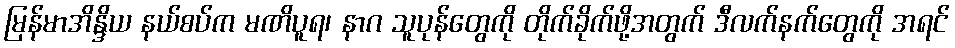
မြန်မာအိန္ဒိယ နယ်စပ်က မဏိပူရ၊ နာဂ သူပုန်တွေကို တိုက်ခိုက်ဖို့အတွက် ဒီလက်နက်တွေကို အရင်